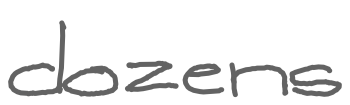
Text: dozens
Cross-out: clean
Writing tool: digital_gray